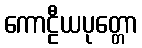
ကောဠီယပုတ္တော